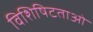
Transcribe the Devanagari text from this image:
विशिषिटताओं